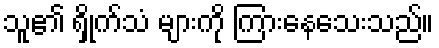
သူ၏ ရှိုက်သံ များကို ကြားနေသေးသည်။